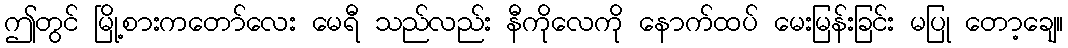
ဤတွင် မြို့စားကတော်လေး မေရီ သည်လည်း နီကိုလေကို နောက်ထပ် မေးမြန်းခြင်း မပြု တော့ချေ။